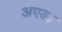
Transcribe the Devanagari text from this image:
अएडा